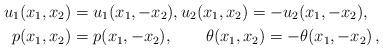
LaTeX: \begin{align*}u_1(x_1,x_2)&=u_1(x_1,-x_2),u_2(x_1,x_2)=-u_2(x_1,-x_2), \\p(x_1,x_2)&=p(x_1,-x_2),\quad\quad\theta(x_1,x_2)=-\theta(x_1,-x_2)\,,\end{align*}